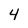
Character: 4